Annual report on the working of the mental hospitals in the Madras Presidency - 1912-1932
Year: 1912
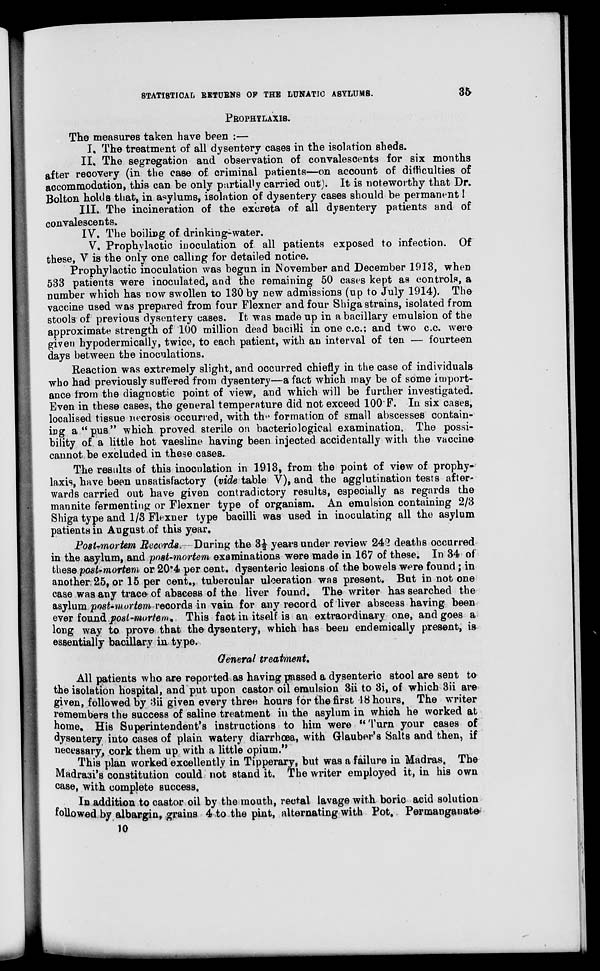
STATISTICAL RETURNS OF THE LUNATIC ASYLUMS.
35
PROPHYSAXIS.
The measures taken have been :—
I. The treatment of all dysentery cases in the isolation sheds.
II. The segregation and observation of convalescents for six months
after recovery (in the case of criminal patients—on account of difficulties of
accommodation, this can be only partially carried out). It is noteworthy that Dr.
Bolton holds that, in asylums, isolation of dysentery cases should be permanent !
III. The incineration of the excreta of all dysentery patients and of
convalescents.
IV. The boiling of drinking-water.
V. Prophylactic inoculation of all patients exposed to infection. Of
these, V is the only one calling for detailed notice.
Prophylactic inoculation was begun in November and December 1913, when
533 patients were inoculated, and the remaining 50 cases kept as controls, a
number which has now swollen to 130 by new admissions (up to July 1914). The
vaccine used was prepared from four Flexner and four Shiga strains, isolated from
stools of previous dysentery cases. It was made up in a bacillary emulsion of the
approximate strength of 100 million dead bacilli in one c.c; and two c.c. were
given hypodermically, twice, to each patient, with an interval of ten — fourteen
days between the inoculations.
Reaction was extremely slight, and occurred chiefly in the case of individuals
who had previously suffered from dysentery—a fact which may be of some import-
ance from the diagnostic point of view, and which will be further investigated.
Even in these cases, the general temperature did not exceed 100 F. In six cases,
localised tissue necrosis occurred, with the formation of small abscesses contain-
ing a "pus" which proved sterile on bacteriological examination. The possi-
bility of a little hot vaesline having been injected accidentally with the vaccine
cannot be excluded in these cases.
The results of this inoculation in 1913, from the point of view of prophy-
laxis, have been unsatisfactory (vide table V), and the agglutination tests after-
wards carried out have given contradictory results, especially as regards the
mannite fermenting or Flexner type of organism. An emulsion containing 2/3
Shiga type and 1/3 Flexner type bacilli was used in inoculating all the asylum
patients in August of this year.
Post-mortem Records.—During the 3½ years under review 242 deaths occurred
in the asylum, and post-mortem examinations were made in 167 of these. In 34 of
these post-mortem or 20.4 per cent. dysenteric lesions of the bowels were found; in
another:25, or 15 per cent., tubercular ulceration was present. But in not one
case was any trace of abscess of the liver found. The writer has searched the
asylum post-mortem records in vain for any record of liver abscess having been
ever found post-mortem. This fact in itself is an extraordinary one, and goes a
long way to prove that the dysentery, which has been endemically present, is
essentially bacillary in type.
General treatment.
All patients who are reported as having passed a dysenteric stool are sent to
the isolation hospital, and put upon castor oil emulsion 3ii to 3i, of which 3ii are
given, followed by 3ii given every three hours for the first 48 hours. The writer
remembers the success of saline treatment in the asylum in which he worked at
home. His Superintendent's instructions to him were "Turn your cases of
dysentery into cases of plain watery diarrhœa, with Glauber's Salts and then, if
necessary, cork them up with a little opium."
This plan worked excellently in Tipperary, but was a failure in Madras. The
Madrasi's constitution could not stand it. The writer employed it, in his own
case, with complete success.
In addition to castor oil by the mouth, rectal lavage with boric acid solution
followed by albargin, grains 4 to the pint, alternating with Pot, Permanganate
10